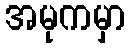
အမုကမှာ